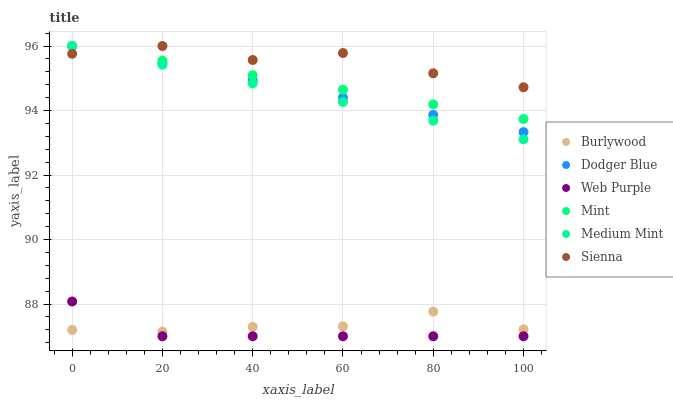
| xaxis_label | Burlywood | Dodger Blue | Web Purple | Mint | Medium Mint | Sienna |
 | --- | --- | --- | --- | --- | --- | --- |
 | 0 | 87.2 | 96 | 88.1 | 96 | 96 | 95.8 |
 | 20 | 87.1 | 95.5 | 87 | 95.5 | 95.4 | 96 |
 | 40 | 87.3 | 94.9 | 87 | 95.1 | 94.8 | 95.6 |
 | 60 | 87.3 | 94.4 | 87 | 94.6 | 94.3 | 95.8 |
 | 80 | 87.8 | 93.9 | 87 | 94.2 | 93.7 | 95.2 |
 | 100 | 87.2 | 93.3 | 87 | 93.7 | 93.1 | 94.7 |